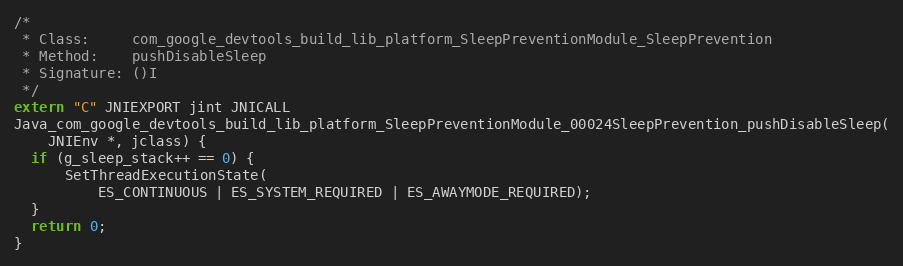
Language: C++
/*
 * Class:     com_google_devtools_build_lib_platform_SleepPreventionModule_SleepPrevention
 * Method:    pushDisableSleep
 * Signature: ()I
 */
extern "C" JNIEXPORT jint JNICALL
Java_com_google_devtools_build_lib_platform_SleepPreventionModule_00024SleepPrevention_pushDisableSleep(
    JNIEnv *, jclass) {
  if (g_sleep_stack++ == 0) {
      SetThreadExecutionState(
          ES_CONTINUOUS | ES_SYSTEM_REQUIRED | ES_AWAYMODE_REQUIRED);
  }
  return 0;
}